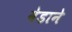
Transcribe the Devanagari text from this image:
वेडाने